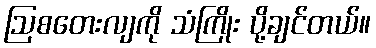
ဩစတေးလျကို သံကြိုး ပို့ချင်တယ်။